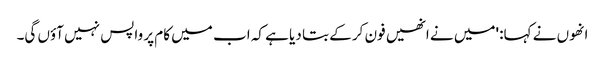
انھوں نے کہا: 'میں نے انھیں فون کر کے بتا دیا ہے کہ اب میں کام پر واپس نہیں آؤں گی۔